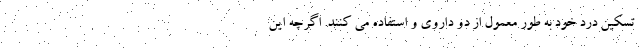
تسکین درد خود به طور معمول از دو داروی و استفاده می کنند. اگرچه این